Madras plague regulations in force outside the Presidency town - Volume 6
Disease focus: Plague
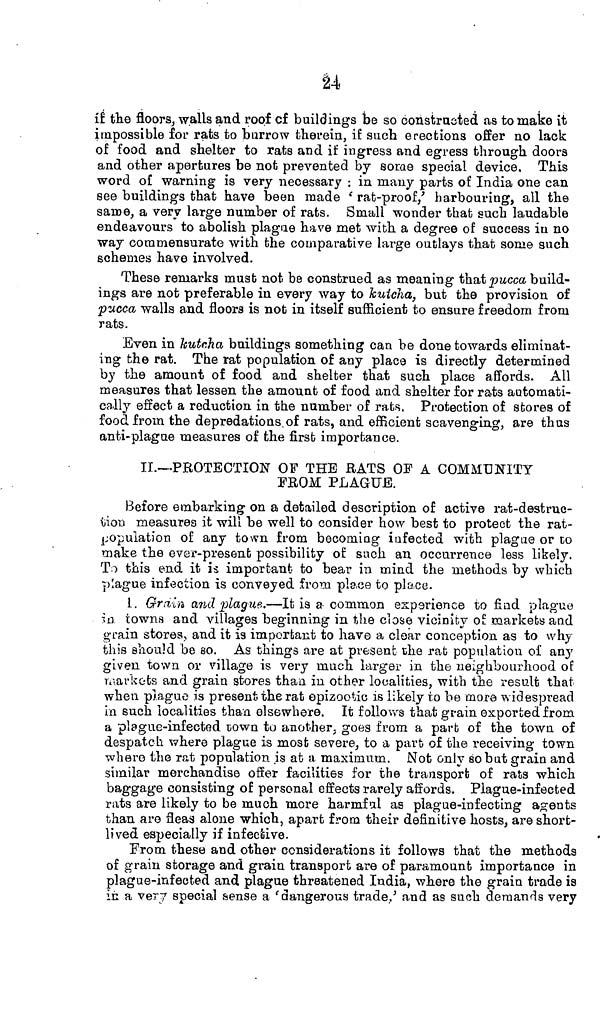
24
if the floors, walls and roof cf buildings be so constructed as to make it
impossible for rats to burrow therein, if such erections offer no lack
of food and shelter to rats and if ingress and egress through doors
and other apertures be not prevented by some special device. This
word o£ warning is very necessary : in many parts of India one can
see buildings that have been made 'rat-proof' harbouring, all the
same, a very large number of rats. Small wonder that such laudable
endeavours to abolish plague have met with a degree of success in no
way commensurate with the comparative large outlays that some such
schemes have involved.
These remarks must not be construed as meaning that pucca build-
ings are not preferable in every way to kuicha, but the provision of
pucca walls and floors is not in itself sufficient to ensure freedom from
rats.
Even in kutcha buildings something can be done to wards eliminat-
ing the rat. The rat population of any place is directly determined
by the amount of food and shelter that such place affords. All
measures that lessen the amount of food and shelter for rats automati-
cally effect a reduction in the number of rats, Protection of stores of
food from the depredations,of rats, and efficient scavenging, are thus
anti-plague measures of the first importance.
II.—.PROTECTION OF THE Rats OF A COMMUNITY
FROM PLAGUE.
Before embarking on a detailed description of active rat-destruc-
tion measures it will be well to consider how best to protect the rat-
population of any town from becoming infected with plague or co
make the ever-present possibility of such an occurrence less likely.
To this end it is important to bear in mind the methods by which
plague infection is conveyed from place to place.
1. Grain and plague.—It is a common experience to find plague
in towns and villages beginning in the close vicinity of markets and
grain stores, and it is important to have a clear conception as to why
this should be ao. As things are at present the rat population of any
given town or village is very much larger in the neighbourhood of
markets and grain stores than in other localities, with the result that
when plague is present, the rat epizootic is likely to be more widespread
in such localities than elsewhere. It follows that grain exported from
a plague-infected town to another, goes from a part of the town of
despatch where plague is most severe, to a part of the receiving town
where the rat population is at a maximum. Not only so but grain and
similar merchandise offer facilities for the transport of rats which
baggage consisting of personal effects rarely affords. Plague-infected
rats are likely to be much more harmful as plague-infecting agents
than are fleas alone which, apart from their definitive hosts, are short-
lived especially if infective.
From these and other considerations it follows that the methods
of grain storage and grain transport are of paramount importance in
plague-infected and plague threatened India, where the grain trade is
in a very special sense a 'dangerous trade' and as such demands very